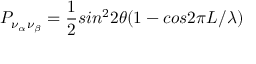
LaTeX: P _ { \nu _ { \alpha } \nu _ { \beta } } = \frac { 1 } { 2 } s i n ^ { 2 } 2 \theta ( 1 - c o s 2 \pi L / \lambda )